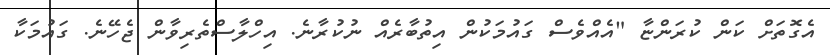
އެގޮތަށް ކަން ކުރަންޏާ "އެއްވެސް ގައުމަކުން އިތުބާރެއް ނުކުރާނެ. އިހްލާސްތެރިވާން ޖެހޭނެ. ގައުމަކާ